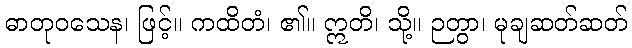
ဓာတုဝသေန၊ ဖြင့်။ ကထိတံ၊ ၏။ ဣတိ၊ သို့။ ဉတွာ၊ မုချဆတ်ဆတ်